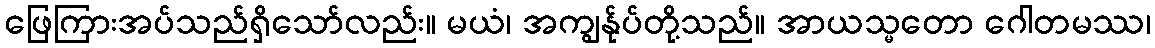
ဖြေကြားအပ်သည်ရှိသော်လည်း။ မယံ၊ အကျွန်ုပ်တို့သည်။ အာယသ္မတော ဂေါတမဿ၊